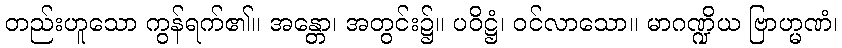
တည်းဟူသော ကွန်ရက်၏။ အန္တော၊ အတွင်း၌။ ပဝိဋ္ဌံ၊ ဝင်လာသော။ မာဂဏ္ဍိယ ဗြာဟ္မဏံ၊